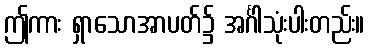
ဤကား ရှာသောအာပတ်၌ အင်္ဂါသုံးပါးတည်း။